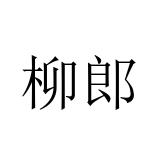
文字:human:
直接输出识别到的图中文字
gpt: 柳郎